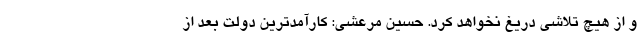
و از هیچ تلاشی دریغ نخواهد کرد. حسین مرعشی: کارآمدترین دولت بعد از